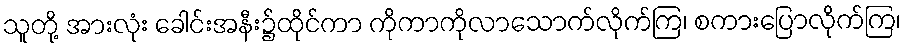
သူတို့ အားလုံး ခေါင်းအနီး၌ထိုင်ကာ ကိုကာကိုလာသောက်လိုက်ကြ၊ စကားပြောလိုက်ကြ၊